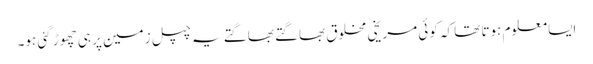
ایسا معلوم ہوتا تھا کہ کوئی مریخی مخلوق بھاگتے بھاگتے یہ چپل زمین پر ہی چھوڑ گئی ہو۔